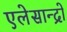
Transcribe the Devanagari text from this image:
एलेसान्द्रो